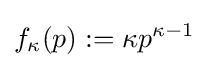
f_{\kappa }(p):=\kappa p^{\kappa -1}